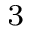
_ 3